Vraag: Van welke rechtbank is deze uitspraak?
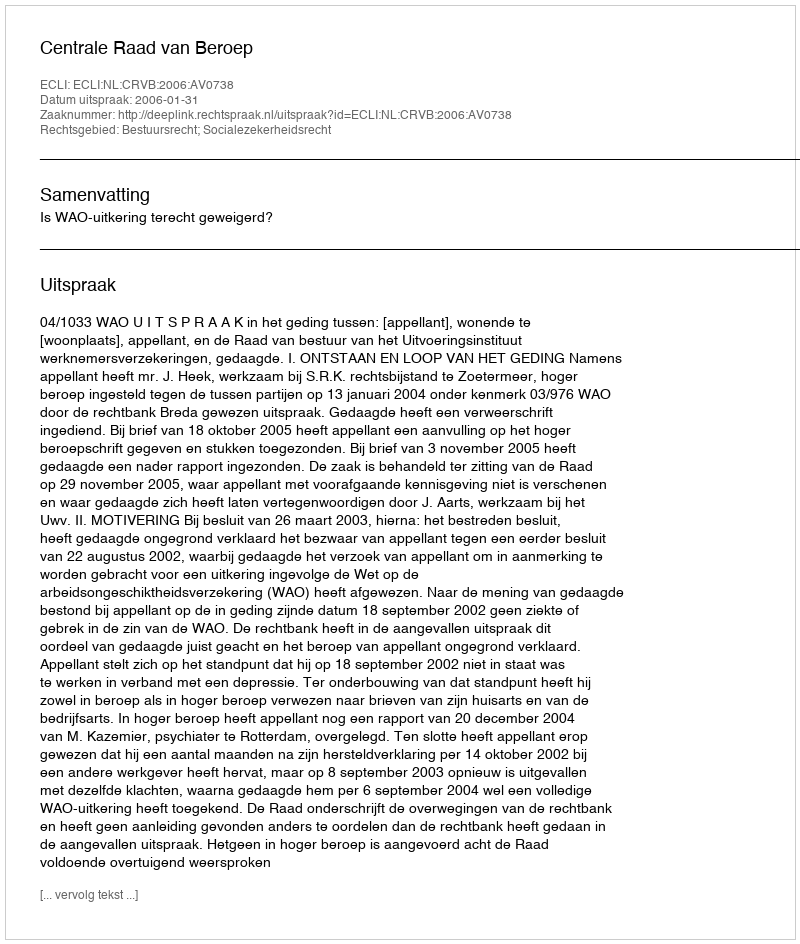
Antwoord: Centrale Raad van Beroep